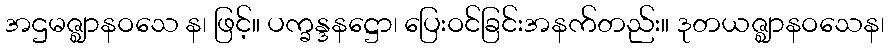
အဌမဇ္ဈာနဝသေ န၊ ဖြင့်။ ပက္ခန္ဒနဋ္ဌော၊ ပြေးဝင်ခြင်းအနက်တည်း။ ဒုတယဇ္ဈာနဝသေန၊